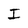
Character: I